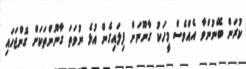
ކުރަން ބޭނުންވާ އެއްވެސް މީހަކު ގާނޫނަށް ފިލައިގެން އުޅެ ނުވަތަ ގާނޫންތަކަށް ގޮންޖަހައި